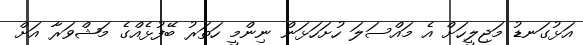
އަޅުގަނޑު މަޖިލީހަށް އެ މައްސަލަ ހުށަހަޅަން ނިންމީ ހަތަރު ބޭފުޅެއްގެ މަޝްވަރާ އަށް